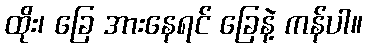
ထိုး၊ ခြေ အားနေရင် ခြေနဲ့ ကန်ပါ။